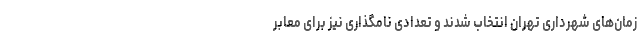
زمان‌های شهرداری تهران انتخاب شدند و تعدادی نامگذاری نیز برای معابر